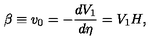
\beta \equiv v _ { 0 } = - \frac { d V _ { 1 } } { d \eta } = V _ { 1 } H ,